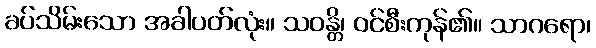
ခပ်သိမ်းသော အခါပတ်လုံး။ သဝန္တိ၊ ဝင်စီးကုန်၏။ သာဂရော၊